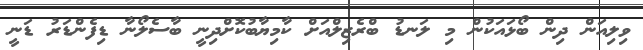
ވިލިއަން ދިން ބޯޅައަކުން މި ލަނޑު ބްރެޒިލްއަށް ކާމިޔާބުކޮށްދިނީ ބާސެލޯނާ ޑިފެންޑަރު ޑަނީ